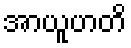
အာယူဟတိ